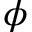
\phi